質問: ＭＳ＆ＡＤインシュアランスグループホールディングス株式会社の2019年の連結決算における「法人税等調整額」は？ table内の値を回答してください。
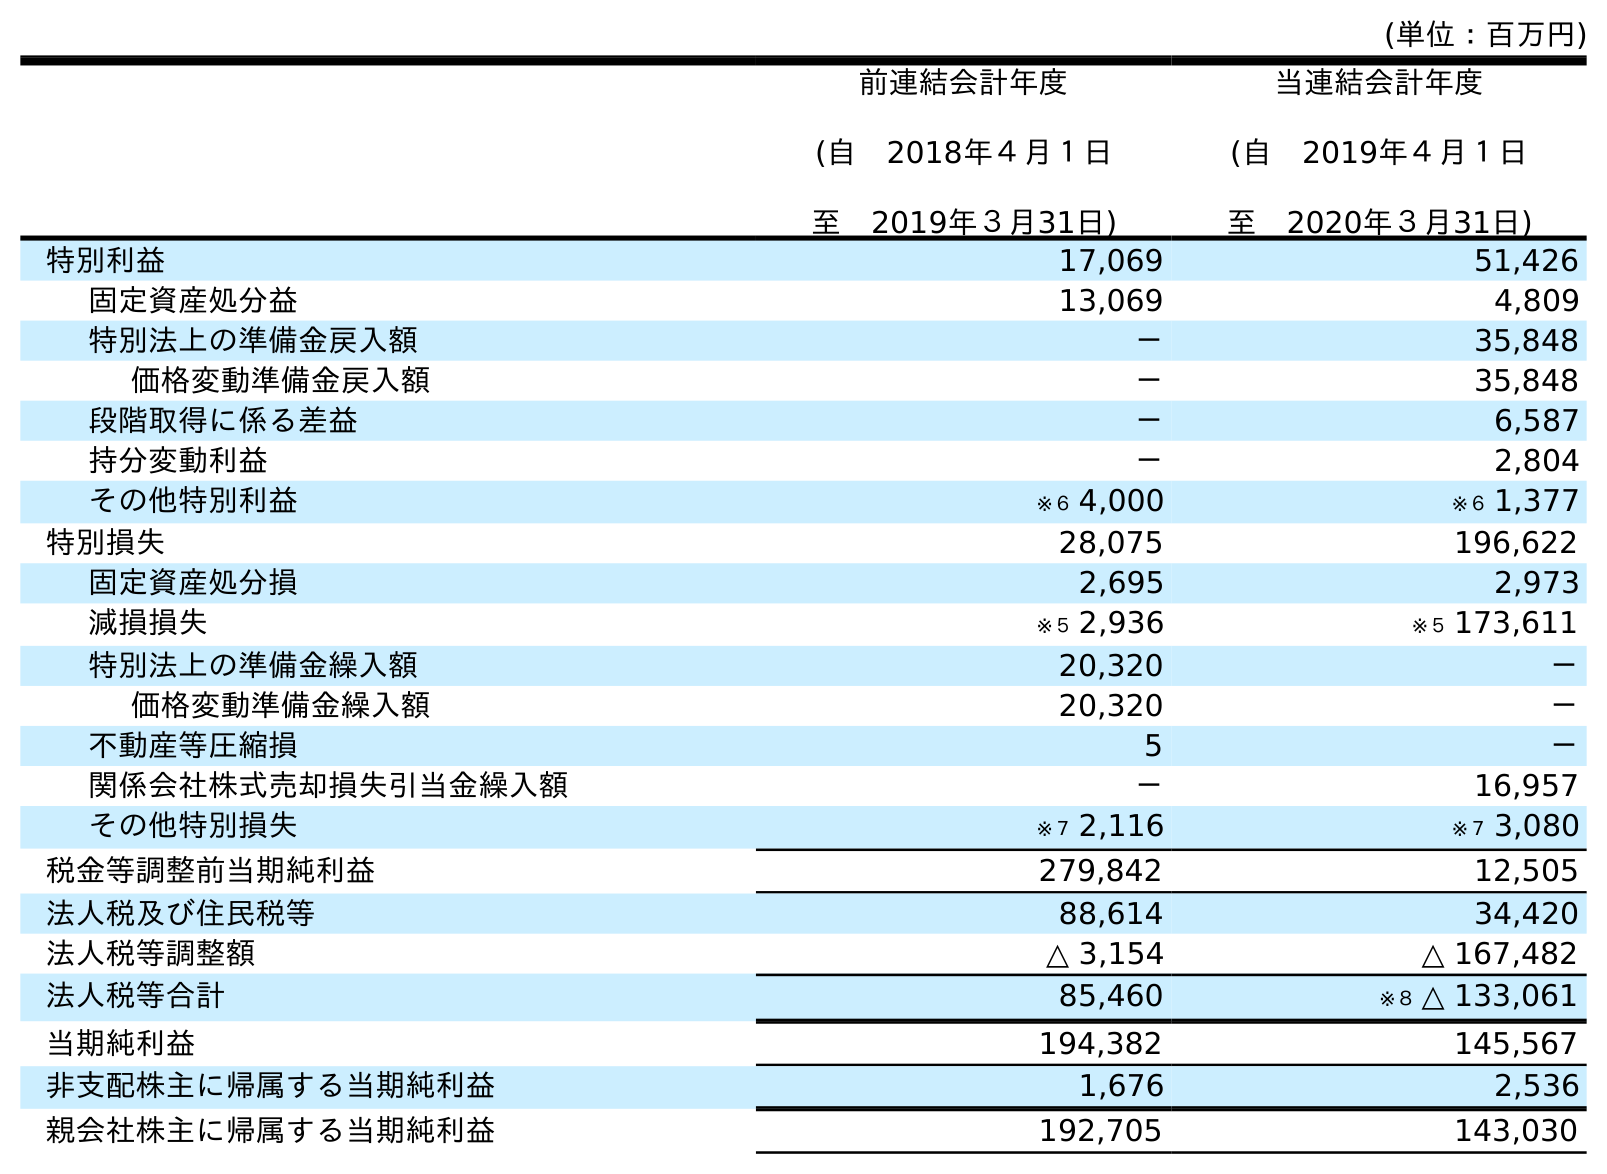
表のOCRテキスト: (単位：百万円) 前連結会計年度 (自 2018年４月１日 至 2019年３月31日) 当連結会計年度 (自 2019年４月１日 至 2020年３月31日) 特別利益 17,069 51,426 固定資産処分益 13,069 4,809 特別法上の準備金戻入額 － 35,848 価格変動準備金戻入額 － 35,848 段階取得に係る差益 － 6,587 持分変動利益 － 2,804 その他特別利益 ※６ 4,000 ※６ 1,377 特別損失 28,075 196,622 固定資産処分損 2,695 2,973 減損損失 ※５ 2,936 ※５ 173,611 特別法上の準備金繰入額 20,320 － 価格変動準備金繰入額 20,320 － 不動産等圧縮損 5 － 関係会社株式売却損失引当金繰入額 － 16,957 その他特別損失 ※７ 2,116 ※７ 3,080 税金等調整前当期純利益 279,842 12,505 法人税及び住民税等 88,614 34,420 法人税等調整額 △ 3,154 △ 167,482 法人税等合計 85,460 ※８ △ 133,061 当期純利益 194,382 145,567 非支配株主に帰属する当期純利益 1,676 2,536 親会社株主に帰属する当期純利益 192,705 143,030
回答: △3,154